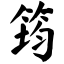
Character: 筠